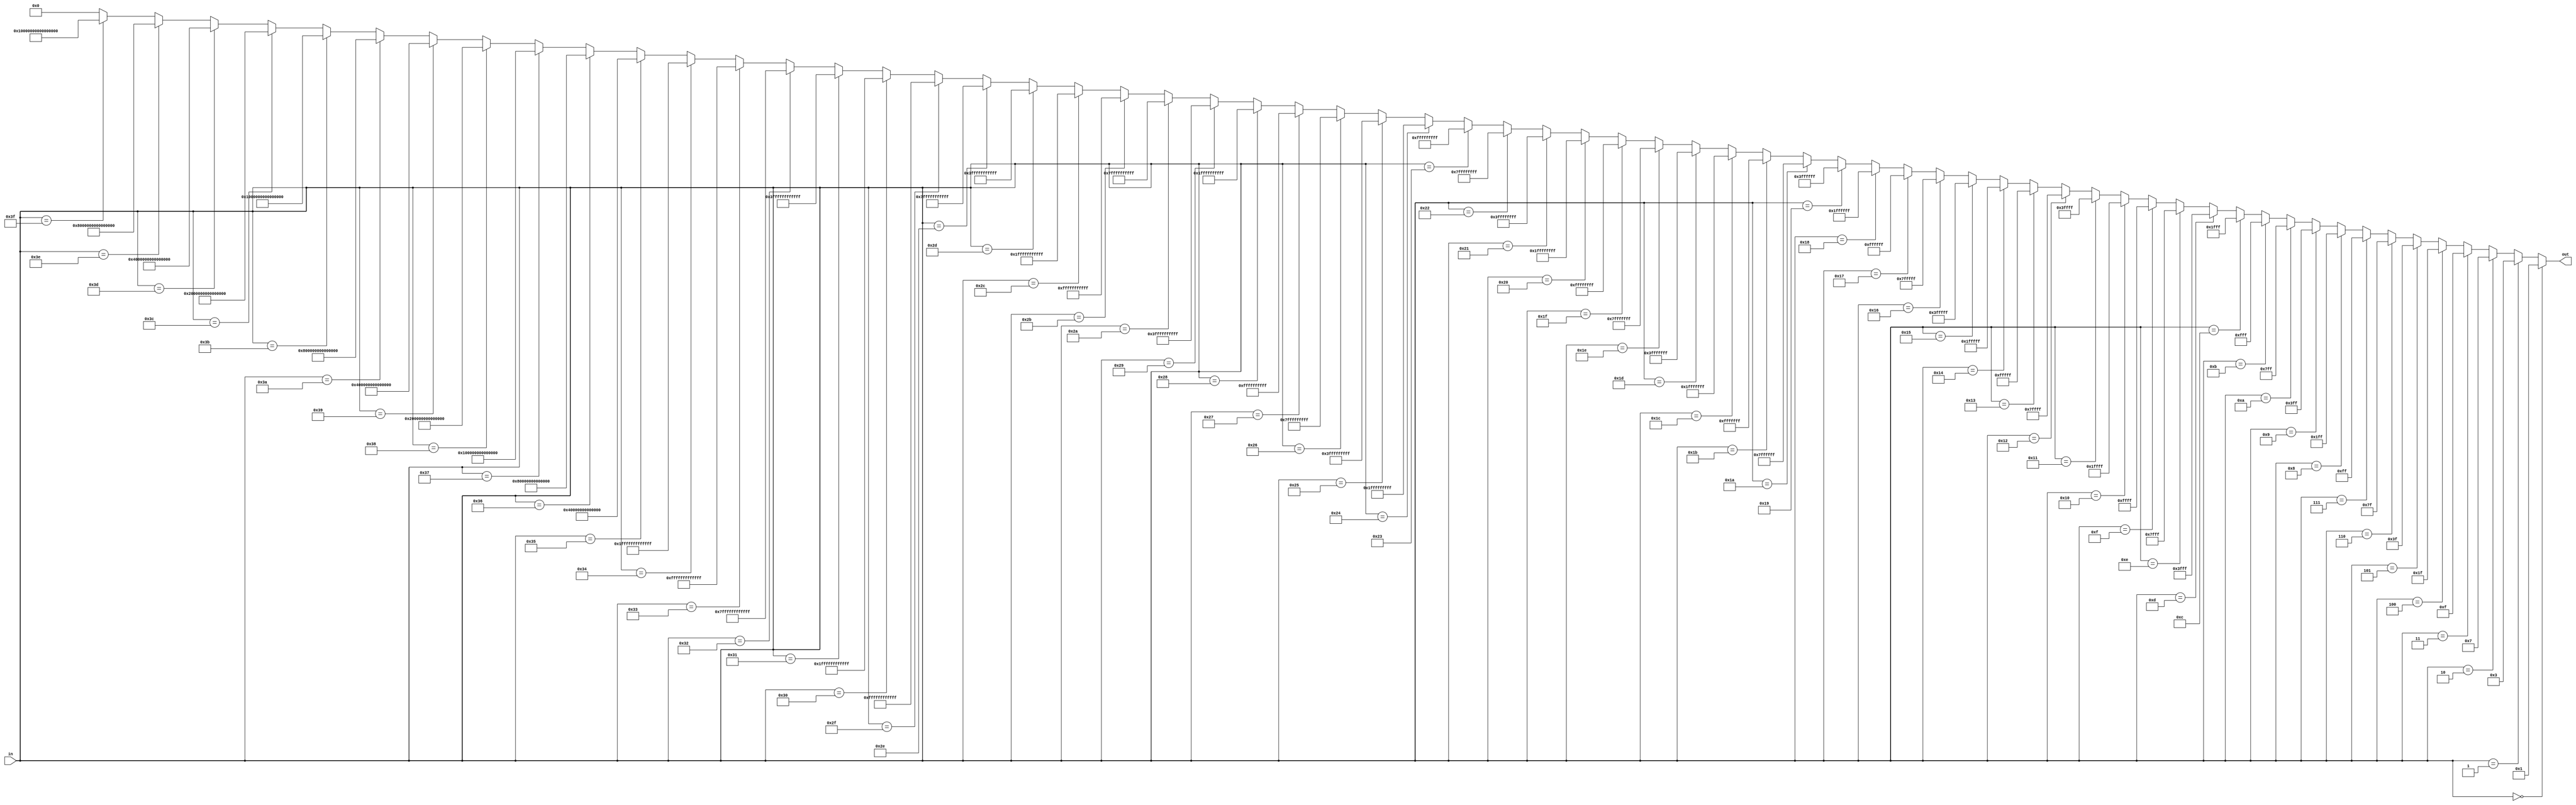
module mask_gen(in,out);

input [5:0]in;
output [63:0]out;

assign out = (in == 6'd0) ? 64'h0000000000000001:
             (in == 6'd1) ? 64'h0000000000000003:
			 (in == 6'd2) ? 64'h0000000000000007:
			 (in == 6'd3) ? 64'h000000000000000f:
			 (in == 6'd4) ? 64'h000000000000001f:
			 (in == 6'd5) ? 64'h000000000000003f:
			 (in == 6'd6) ? 64'h000000000000007f:
			 (in == 6'd7) ? 64'h00000000000000ff:
			 (in == 6'd8) ? 64'h00000000000001ff:
			 (in == 6'd9) ? 64'h00000000000003ff:
			 (in == 6'd10) ? 64'h00000000000007ff:
			 (in == 6'd11) ? 64'h0000000000000fff:
			 (in == 6'd12) ? 64'h0000000000001fff:
			 (in == 6'd13) ? 64'h0000000000003fff:
			 (in == 6'd14) ? 64'h0000000000007fff:
			 (in == 6'd15) ? 64'h000000000000ffff:
			 (in == 6'd16) ? 64'h000000000001ffff:
			 (in == 6'd17) ? 64'h000000000003ffff:
			 (in == 6'd18) ? 64'h000000000007ffff:
			 (in == 6'd19) ? 64'h00000000000fffff:
			 (in == 6'd20) ? 64'h00000000001fffff:
			 (in == 6'd21) ? 64'h00000000003fffff:
			 (in == 6'd22) ? 64'h00000000007fffff:
			 (in == 6'd23) ? 64'h0000000000ffffff:
			 (in == 6'd24) ? 64'h0000000001ffffff:
			 (in == 6'd25) ? 64'h0000000003ffffff:
			 (in == 6'd26) ? 64'h0000000007ffffff:
			 (in == 6'd27) ? 64'h000000000fffffff:
			 (in == 6'd28) ? 64'h000000001fffffff:
			 (in == 6'd29) ? 64'h000000003fffffff:
			 (in == 6'd30) ? 64'h000000007fffffff:
			 (in == 6'd31) ? 64'h00000000ffffffff:
			 (in == 6'd32) ? 64'h00000001ffffffff:
			 (in == 6'd33) ? 64'h00000003ffffffff:
			 (in == 6'd34) ? 64'h00000007ffffffff:
			 (in == 6'd35) ? 64'h0000000fffffffff:
			 (in == 6'd36) ? 64'h0000001fffffffff:
			 (in == 6'd37) ? 64'h0000003fffffffff:
			 (in == 6'd38) ? 64'h0000007fffffffff:
			 (in == 6'd39) ? 64'h000000ffffffffff:
			 (in == 6'd40) ? 64'h000001ffffffffff:
			 (in == 6'd41) ? 64'h000003ffffffffff:
			 (in == 6'd42) ? 64'h000007ffffffffff:
			 (in == 6'd43) ? 64'h00000fffffffffff:
			 (in == 6'd44) ? 64'h00001fffffffffff:
			 (in == 6'd45) ? 64'h00003fffffffffff:
			 (in == 6'd46) ? 64'h00007fffffffffff:
			 (in == 6'd47) ? 64'h0000ffffffffffff:
			 (in == 6'd48) ? 64'h0001ffffffffffff:
			 (in == 6'd49) ? 64'h0003ffffffffffff:
			 (in == 6'd50) ? 64'h0007ffffffffffff:
			 (in == 6'd51) ? 64'h000fffffffffffff:
			 (in == 6'd52) ? 64'h001fffffffffffff:
			 (in == 6'd53) ? 64'h003fffffffffffff:
			 (in == 6'd54) ? 64'h007fffffffffffff:
			 (in == 6'd55) ? 64'h00ffffffffffffff:
			 (in == 6'd56) ? 64'h01ffffffffffffff:
			 (in == 6'd57) ? 64'h03ffffffffffffff:
			 (in == 6'd58) ? 64'h07ffffffffffffff:
			 (in == 6'd59) ? 64'h0fffffffffffffff:
			 (in == 6'd60) ? 64'h1fffffffffffffff:
			 (in == 6'd61) ? 64'h3fffffffffffffff:
			 (in == 6'd62) ? 64'h7fffffffffffffff:
			 (in == 6'd63) ? 64'hffffffffffffffff:
			 64'd0;
			 
endmodule